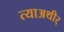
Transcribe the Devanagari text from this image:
त्याअथीर्